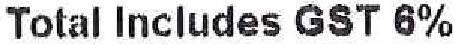
TOTAL INCLUDES GST 6%